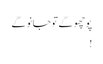
پوچھو گے تو جانو گے
!